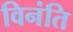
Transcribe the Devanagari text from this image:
विनंति